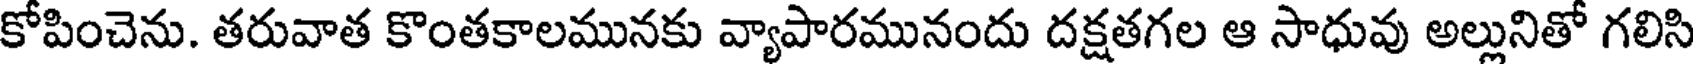
కోపించెను. తరువాత కొంతకాలమునకు వ్యాపారమునందు దక్షతగల ఆ సాధువు అల్లునితో గలిసి